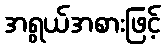
အရွယ်အစားဖြင့်